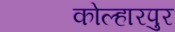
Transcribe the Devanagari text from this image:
कोल्हारपुर